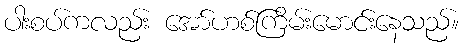
ပါးစပ်ကလည်း အော်ဟစ်ကြိမ်းမောင်းနေသည်။